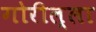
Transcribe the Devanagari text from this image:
गोरील्ला